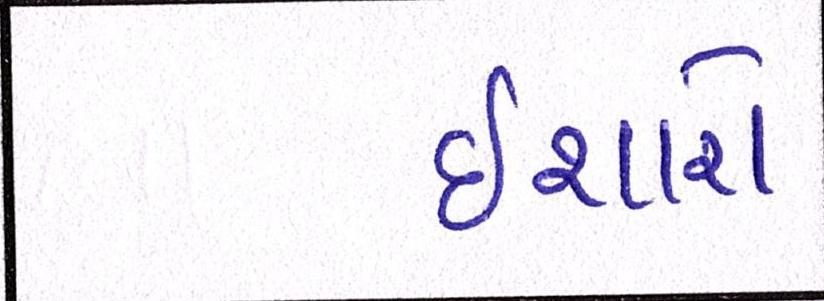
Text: ઈશારો